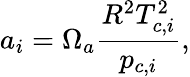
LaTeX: a_{i}=\Omega_{a}\frac{R^{2}T_{c,i}^{2}}{p_{c,i}},